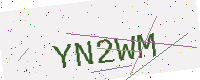
Text: YN2WM